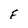
Character: F